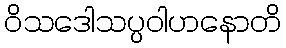
ဝိသဒေါသပ္ပဝါဟနောတိ